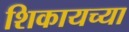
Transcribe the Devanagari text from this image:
शिकायच्या